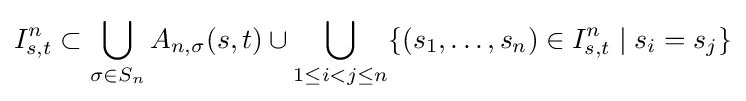
I_{s,t}^{n}\subset \bigcup _{\sigma \in S_{n}}A_{n,\sigma }(s,t)\cup \bigcup _{1\leq i<j\leq n}\{(s_{1},\ldots ,s_{n})\in I_{s,t}^{n}\mid s_{i}=s_{j}\}